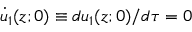
\dot { u } _ { 1 } ( z ; 0 ) \equiv d u _ { 1 } ( z ; 0 ) / d \tau = 0